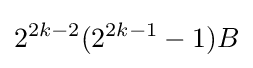
2^{2k-2}(2^{2k-1}-1)B